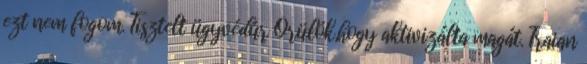
ezt nem fogom. Tisztelt ügyvédúr Örülök,hogy aktivizálta magát. Traian